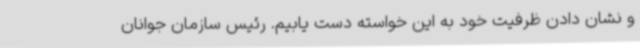
و نشان دادن ظرفیت خود به این خواسته دست یابیم. رئیس سازمان جوانان